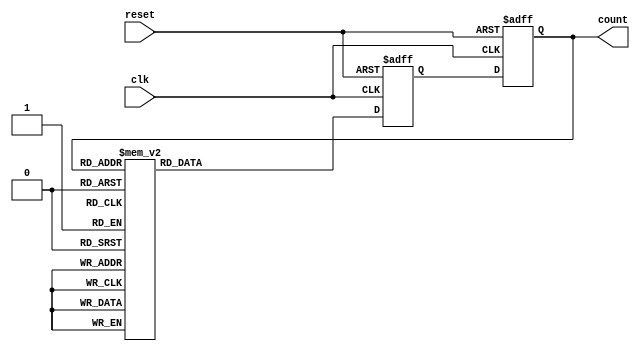
module gray_code_counter (
    input wire clk,
    input wire reset,
    output reg [3:0] count
);

reg [3:0] next_count;

always @(posedge clk or posedge reset) begin
    if (reset) begin
        count <= 4'b0000;
        next_count <= 4'b0001;
    end else begin
        count <= next_count;
        case (count)
            4'b0000: next_count <= 4'b0001;
            4'b0001: next_count <= 4'b0011;
            4'b0011: next_count <= 4'b0010;
            4'b0010: next_count <= 4'b0110;
            4'b0110: next_count <= 4'b0111;
            4'b0111: next_count <= 4'b0101;
            4'b0101: next_count <= 4'b0100;
            4'b0100: next_count <= 4'b1100;
            4'b1100: next_count <= 4'b1101;
            4'b1101: next_count <= 4'b1111;
            4'b1111: next_count <= 4'b1110;
            default: next_count <= 4'b0000;
        endcase
    end
end

endmodule